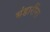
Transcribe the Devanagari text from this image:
भंडारींना